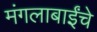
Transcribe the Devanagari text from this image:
मंगलाबाईंचे